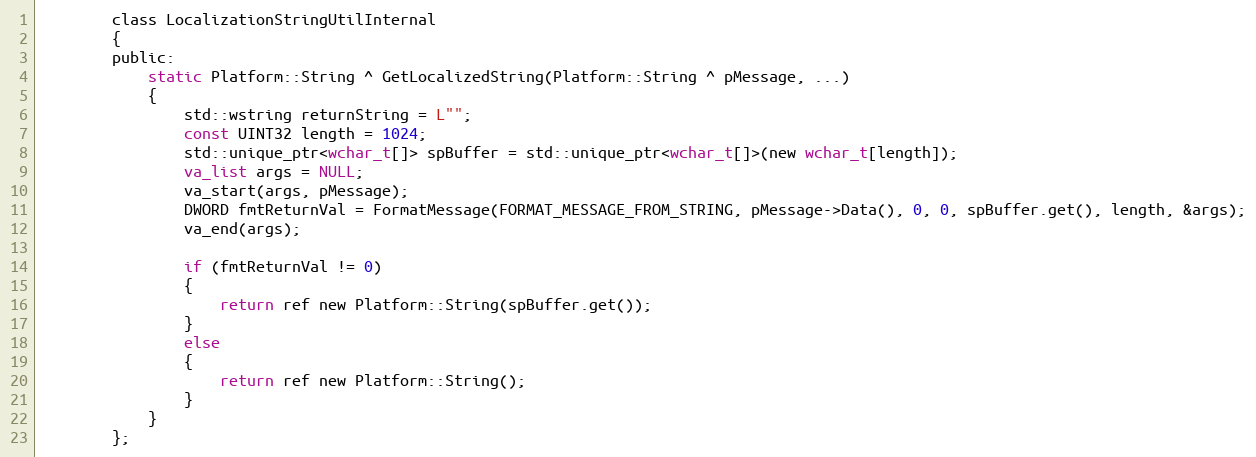
Language: C
        class LocalizationStringUtilInternal
        {
        public:
            static Platform::String ^ GetLocalizedString(Platform::String ^ pMessage, ...)
            {
                std::wstring returnString = L"";
                const UINT32 length = 1024;
                std::unique_ptr<wchar_t[]> spBuffer = std::unique_ptr<wchar_t[]>(new wchar_t[length]);
                va_list args = NULL;
                va_start(args, pMessage);
                DWORD fmtReturnVal = FormatMessage(FORMAT_MESSAGE_FROM_STRING, pMessage->Data(), 0, 0, spBuffer.get(), length, &args);
                va_end(args);

                if (fmtReturnVal != 0)
                {
                    return ref new Platform::String(spBuffer.get());
                }
                else
                {
                    return ref new Platform::String();
                }
            }
        };